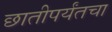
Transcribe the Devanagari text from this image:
छातीपर्यंतचा